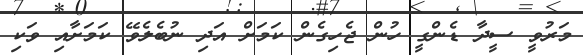
މަރުވީ ސީދާ ޑެންގީ ހުން ޖެހިގެން ކަމަށް އަދި ނުބެލެވޭ ކަމަށާއި ވަކި